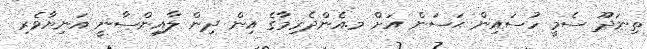
ތިނަދޫ ސެމީ ހުސައިން ޙަސަން އަށް މ.އެންދެރިމާގެ އިން ދިން ލާއިންސާނީ އަނިޔާވެރި